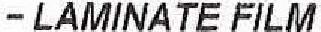
- LAMINATE FILM